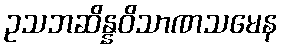
ဥသဘဆိန္နဝိသာဏသမေန